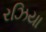
રઝિયા